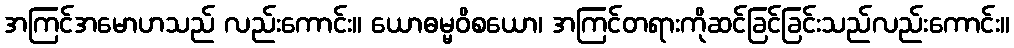
အကြင်အမောဟသည် လည်းကောင်း။ ယောဓမ္မဝိစယော၊ အကြင်တရားကိုဆင်ခြင်ခြင်းသည်လည်းကောင်း။